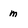
Character: m